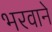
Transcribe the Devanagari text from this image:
भरवाने